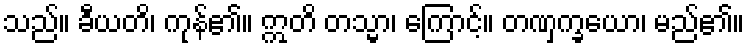
သည်။ ခီယတိ၊ ကုန်၏။ ဣတိ တသ္မာ၊ ကြောင့်။ တဏှက္ခယော၊ မည်၏။